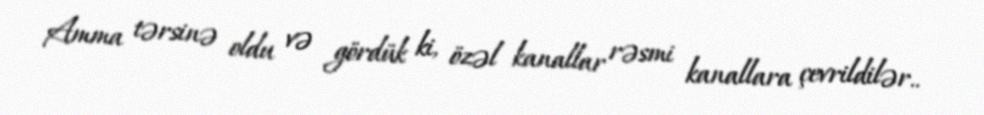
Amma tərsinə oldu və gördük ki, özəl kanallar rəsmi kanallara çevrildilər..